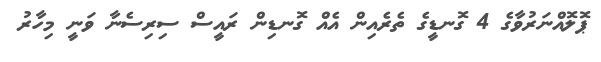
ޕޮލޮއްނަރުވާގެ 4 ގޮނޑީގެ ތެރެއިން އެއް ގޮނޑިން ރައީސް ސިރިސެނާ ވަނީ މިހާރު